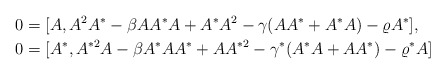
\begin{align*}0 &= [A, A^2A^* - \beta AA^*A + A^*A^2 - \gamma(AA^*+A^*A)-\varrho A^*],\\0 &= [A^*, A^{*2}A - \beta A^*AA^* + AA^{*2} - \gamma^*(A^*A+AA^*)-\varrho^* A]\end{align*}